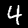
Digit: 4